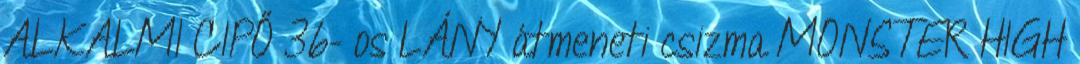
ALKALMI CIPŐ 36- os LÁNY átmeneti csizma MONSTER HIGH